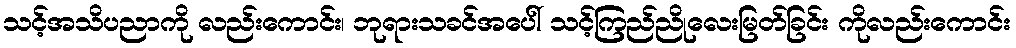
သင့်အသိပညာကို လည်းကောင်း၊ ဘုရားသခင်အပေါ် သင့်ကြည်ညိုလေးမြတ်ခြင်း ကိုလည်းကောင်း